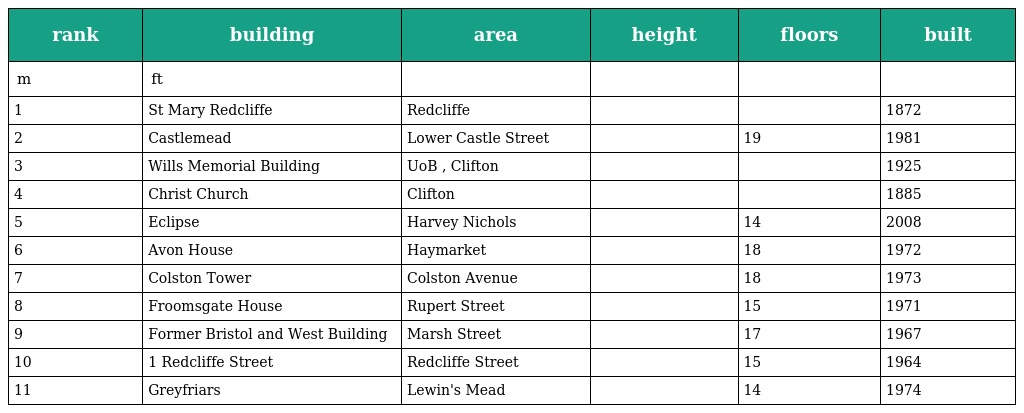
| rank | building | area | height | floors | built |
 | --- | --- | --- | --- | --- | --- |
 | m | ft |  |  |  |  |
 | 1 | St Mary Redcliffe | Redcliffe |  |  | 1872 |
 | 2 | Castlemead | Lower Castle Street |  | 19 | 1981 |
 | 3 | Wills Memorial Building | UoB , Clifton |  |  | 1925 |
 | 4 | Christ Church | Clifton |  |  | 1885 |
 | 5 | Eclipse | Harvey Nichols |  | 14 | 2008 |
 | 6 | Avon House | Haymarket |  | 18 | 1972 |
 | 7 | Colston Tower | Colston Avenue |  | 18 | 1973 |
 | 8 | Froomsgate House | Rupert Street |  | 15 | 1971 |
 | 9 | Former Bristol and West Building | Marsh Street |  | 17 | 1967 |
 | 10 | 1 Redcliffe Street | Redcliffe Street |  | 15 | 1964 |
 | 11 | Greyfriars | Lewin's Mead |  | 14 | 1974 |